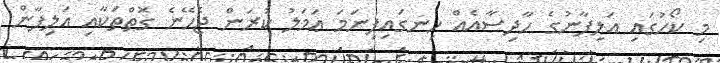
މި ކޯހުގައި އަލިފާނުގެ ހާދިސާއެއް ހިނގައިފިނަމަ ޢަމަލު ކުރަން ޖެހޭނެ ގޮތްތަކާއި އަލިފާން